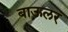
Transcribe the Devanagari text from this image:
बाऊलर